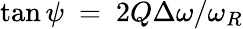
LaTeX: \tan{\psi}~=~2Q\Delta\omega/\omega_{R}